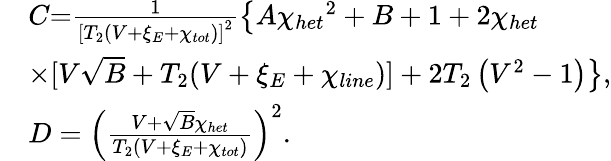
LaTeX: \begin{array}{rl}&{C\mathrm{=}\frac{1}{{{\left[{{T}_{2}}\left(V+{{\xi}_{E}}+{{\chi}_{tot}}\right)\right]}^{2}}}\big\{ A{{\chi}_{het}}^{2}+B+1+2{{\chi}_{het}}}\\ &{\times[V\sqrt{B}+{{T}_{2}}(V+{{\xi}_{E}}+{{\chi}_{line}})]+2{{T}_{2}}\left({{V}^{2}}-1\right)\big\} ,}\\ &{D={{\left(\frac{V+\sqrt{B}{{\chi}_{het}}}{{{T}_{2}}\left(V+{{\xi}_{E}}+{{\chi}_{tot}}\right)}\right)}^{2}}.}\end{array}